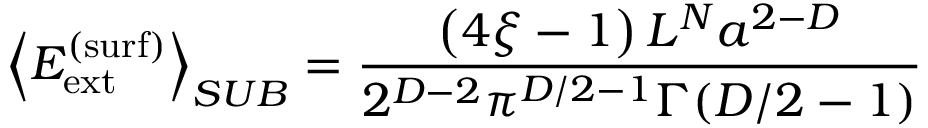
\left\langle E _ { \mathrm { e x t } } ^ { \mathrm { ( s u r f ) } } \right\rangle _ { S U B } = \frac { \left( 4 \xi - 1 \right) L ^ { N } a ^ { 2 - D } } { 2 ^ { D - 2 } \pi ^ { D / 2 - 1 } \Gamma ( D / 2 - 1 ) }